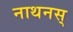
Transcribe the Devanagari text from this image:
नाथनस्